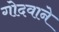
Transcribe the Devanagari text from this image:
गोदवाने